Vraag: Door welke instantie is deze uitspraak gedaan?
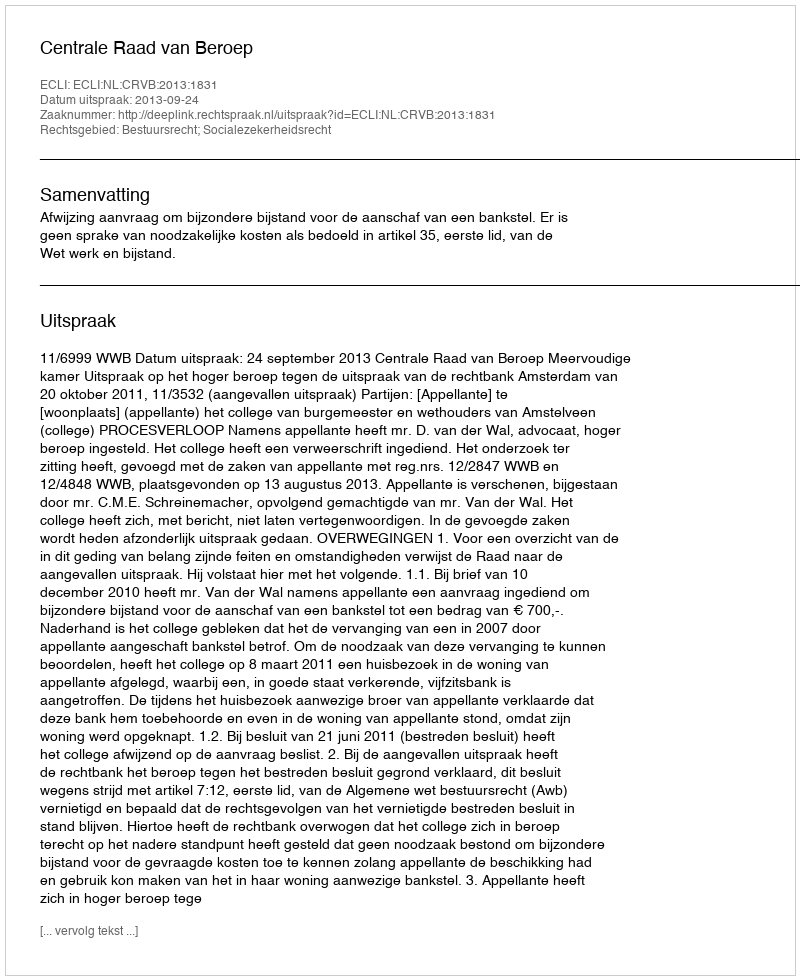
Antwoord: Centrale Raad van Beroep